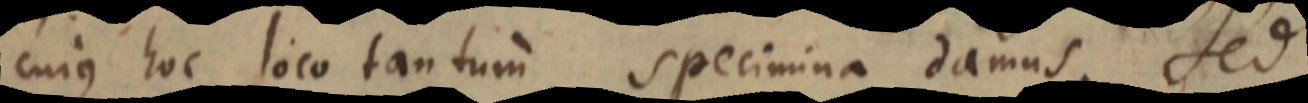
cujus hoc loco tantum specimina damus. Sed